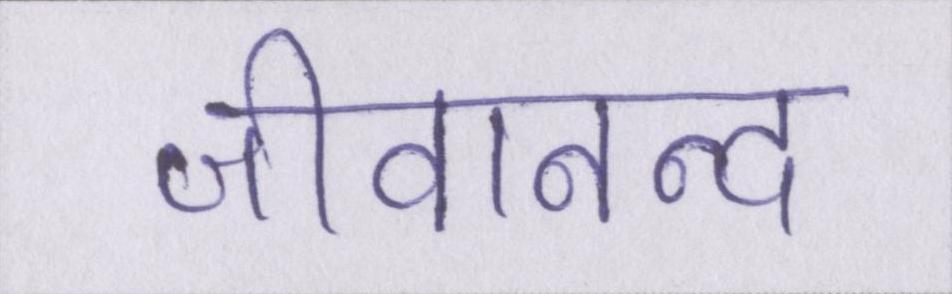
जीवानन्द